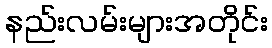
နည်းလမ်းများအတိုင်း